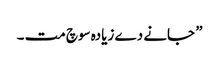
” جانے دے زیادہ سوچ مت ۔